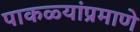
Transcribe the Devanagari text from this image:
पाकळ्यांप्रमाणे